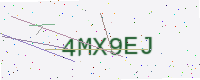
Text: 4MX9EJ